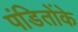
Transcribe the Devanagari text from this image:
पंडितोंके